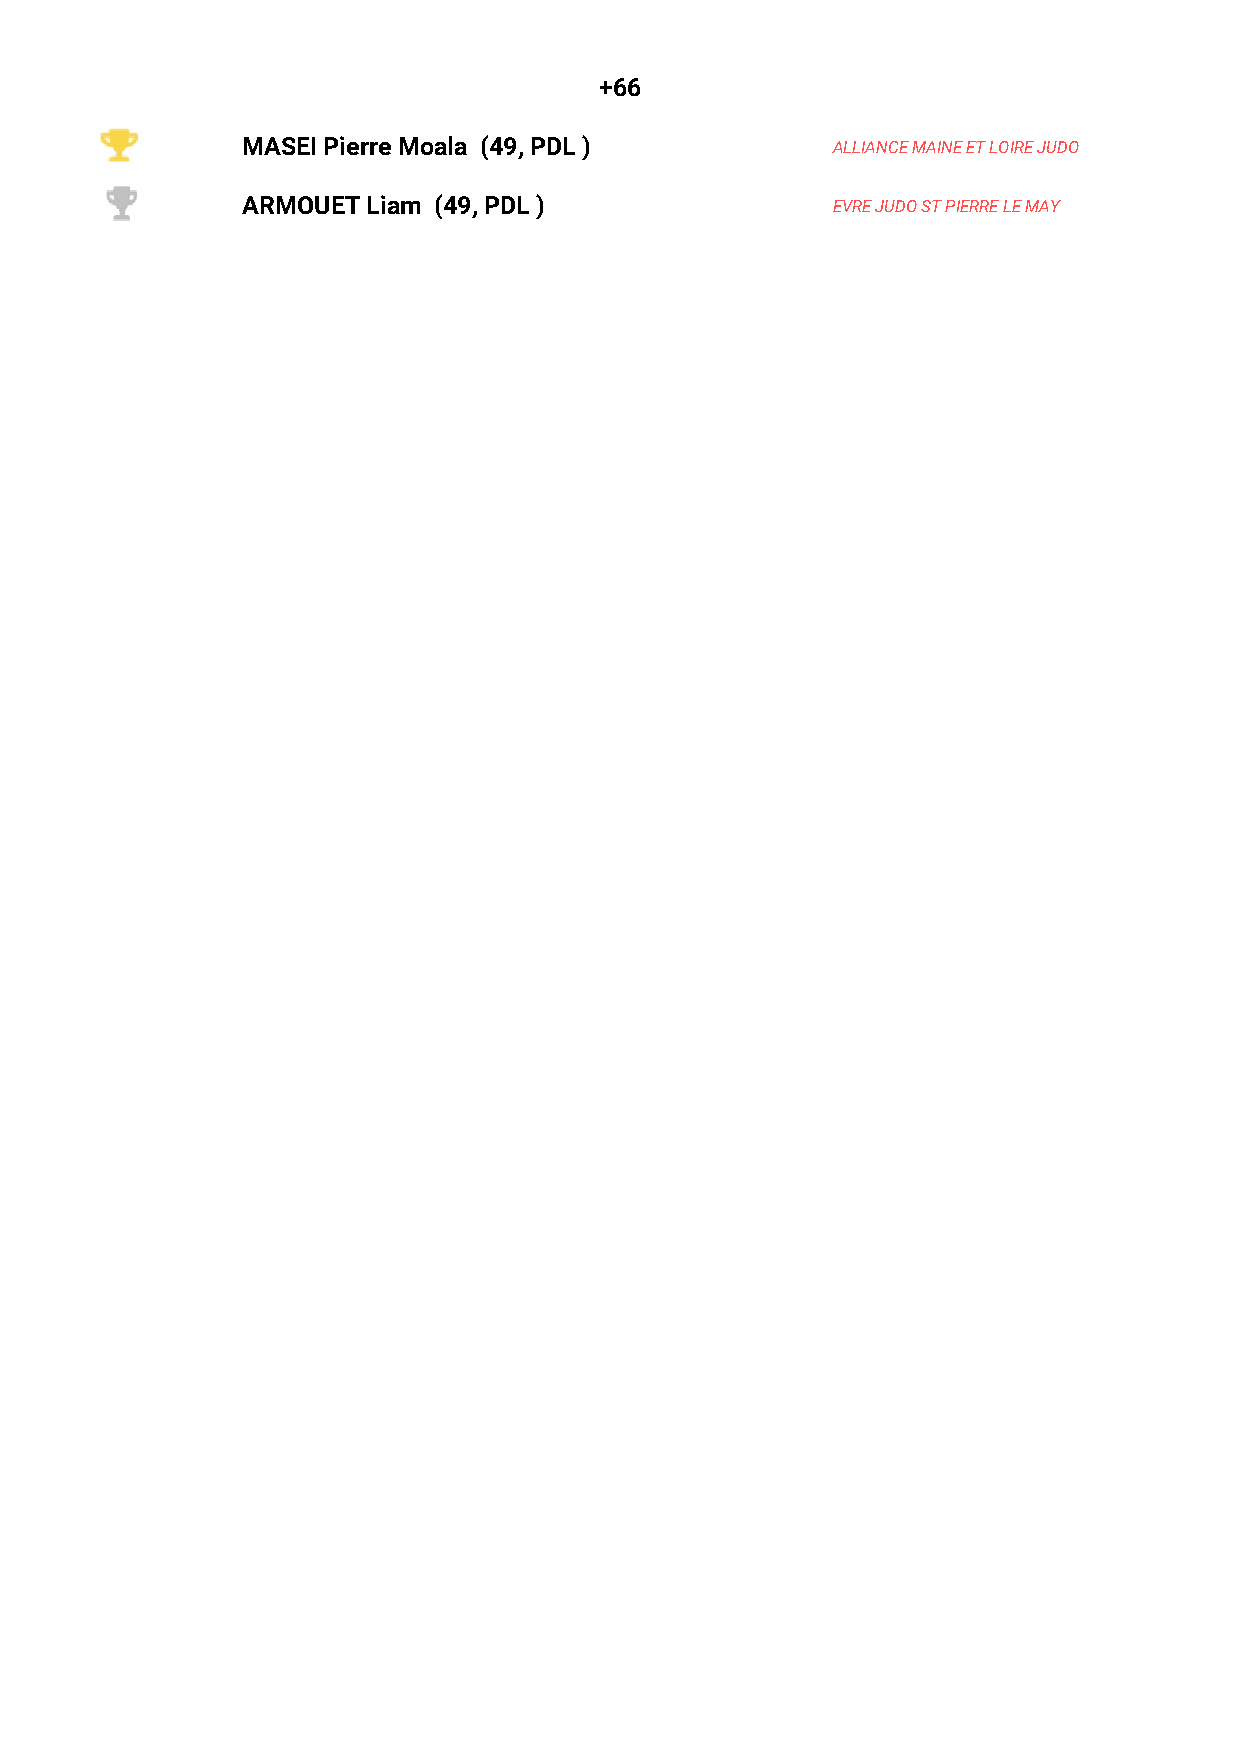
+66
 MASEI Pierre Moala (49, PDL )          ALLIANCE MAINE ET LOIRE JUDO
 ARMOUET Liam (49, PDL )                EVRE JUDO ST PIERRE LE MAY